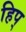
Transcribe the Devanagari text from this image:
हिप्